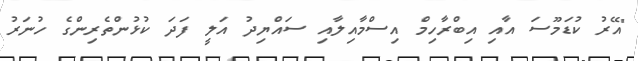
"އޭރު ކުޑަމޫސަ އާއި އިބްރާހިމް އިސްމާއިލާއި ސައްޔިދު އަލީ ފަދަ ކުޅުންތެރިންގެ ހުނަރު